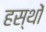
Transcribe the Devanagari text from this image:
हस्थों